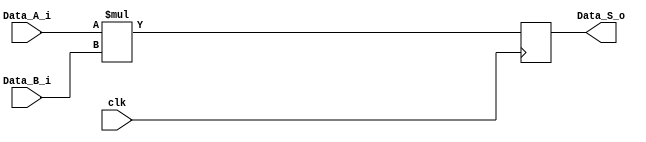
`timescale 1ns / 1ps
//////////////////////////////////////////////////////////////////////////////////
// Company: 
// Engineer: 
// 
// Design Name: 
// Module Name: multiplier
// Project Name: 
// Target Devices: 
// Tool Versions: 
// Description: 
// 
// Dependencies: 
// 
// Revision:
// Revision 0.01 - File Created
// Additional Comments:
// 
//////////////////////////////////////////////////////////////////////////////////


module multiplier
    # (parameter W = 32/*,level=5*/) (//level=log2(W)
    input wire clk,
    input wire [W-1:0] Data_A_i,
    input wire [W-1:0] Data_B_i,
    output wire [2*W-1:0] Data_S_o
    );
    //reg [W-1:0] aint,bint;
    reg [2*W-1:0] pdt_int;// [level-1:0];
    
    assign Data_S_o=pdt_int;
    
    always@(posedge clk)
    begin
        //aint<=Data_A_i;
        //bint<=Data_B_i;
        pdt_int<= Data_A_i*Data_B_i;
        //for (i=1;i<level;i=i+1)
          //  pdt_int[i]<=pdt_int[i-1];
    end
    
endmodule